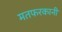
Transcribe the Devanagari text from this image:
मतफरकानी